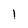
Character: 1